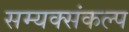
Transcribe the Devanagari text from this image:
सम्यक्संकल्प